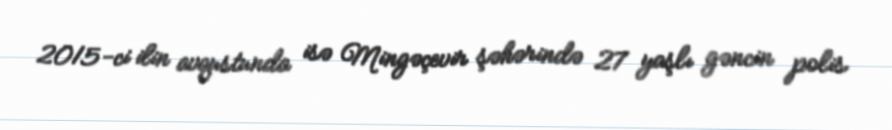
2015-ci ilin avqustunda isə Mingəçevir şəhərində 27 yaşlı gəncin polis